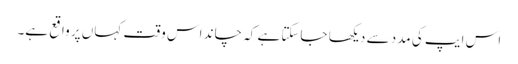
اس ایپ کی مدد سے دیکھا جاسکتا ہے کہ چاند اس وقت کہاں پر واقع ہے۔